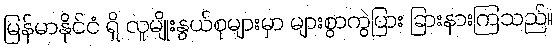
မြန်မာနိုင်ငံ ရှိ လူမျိုးနွယ်စုများမှာ များစွာကွဲပြား ခြားနားကြသည်။